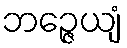
ဘဉ္ဇေယျံ